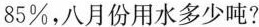
85%，八月份用水多少吨?